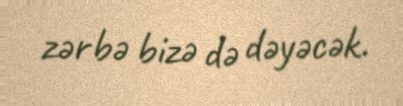
zərbə bizə də dəyəcək.